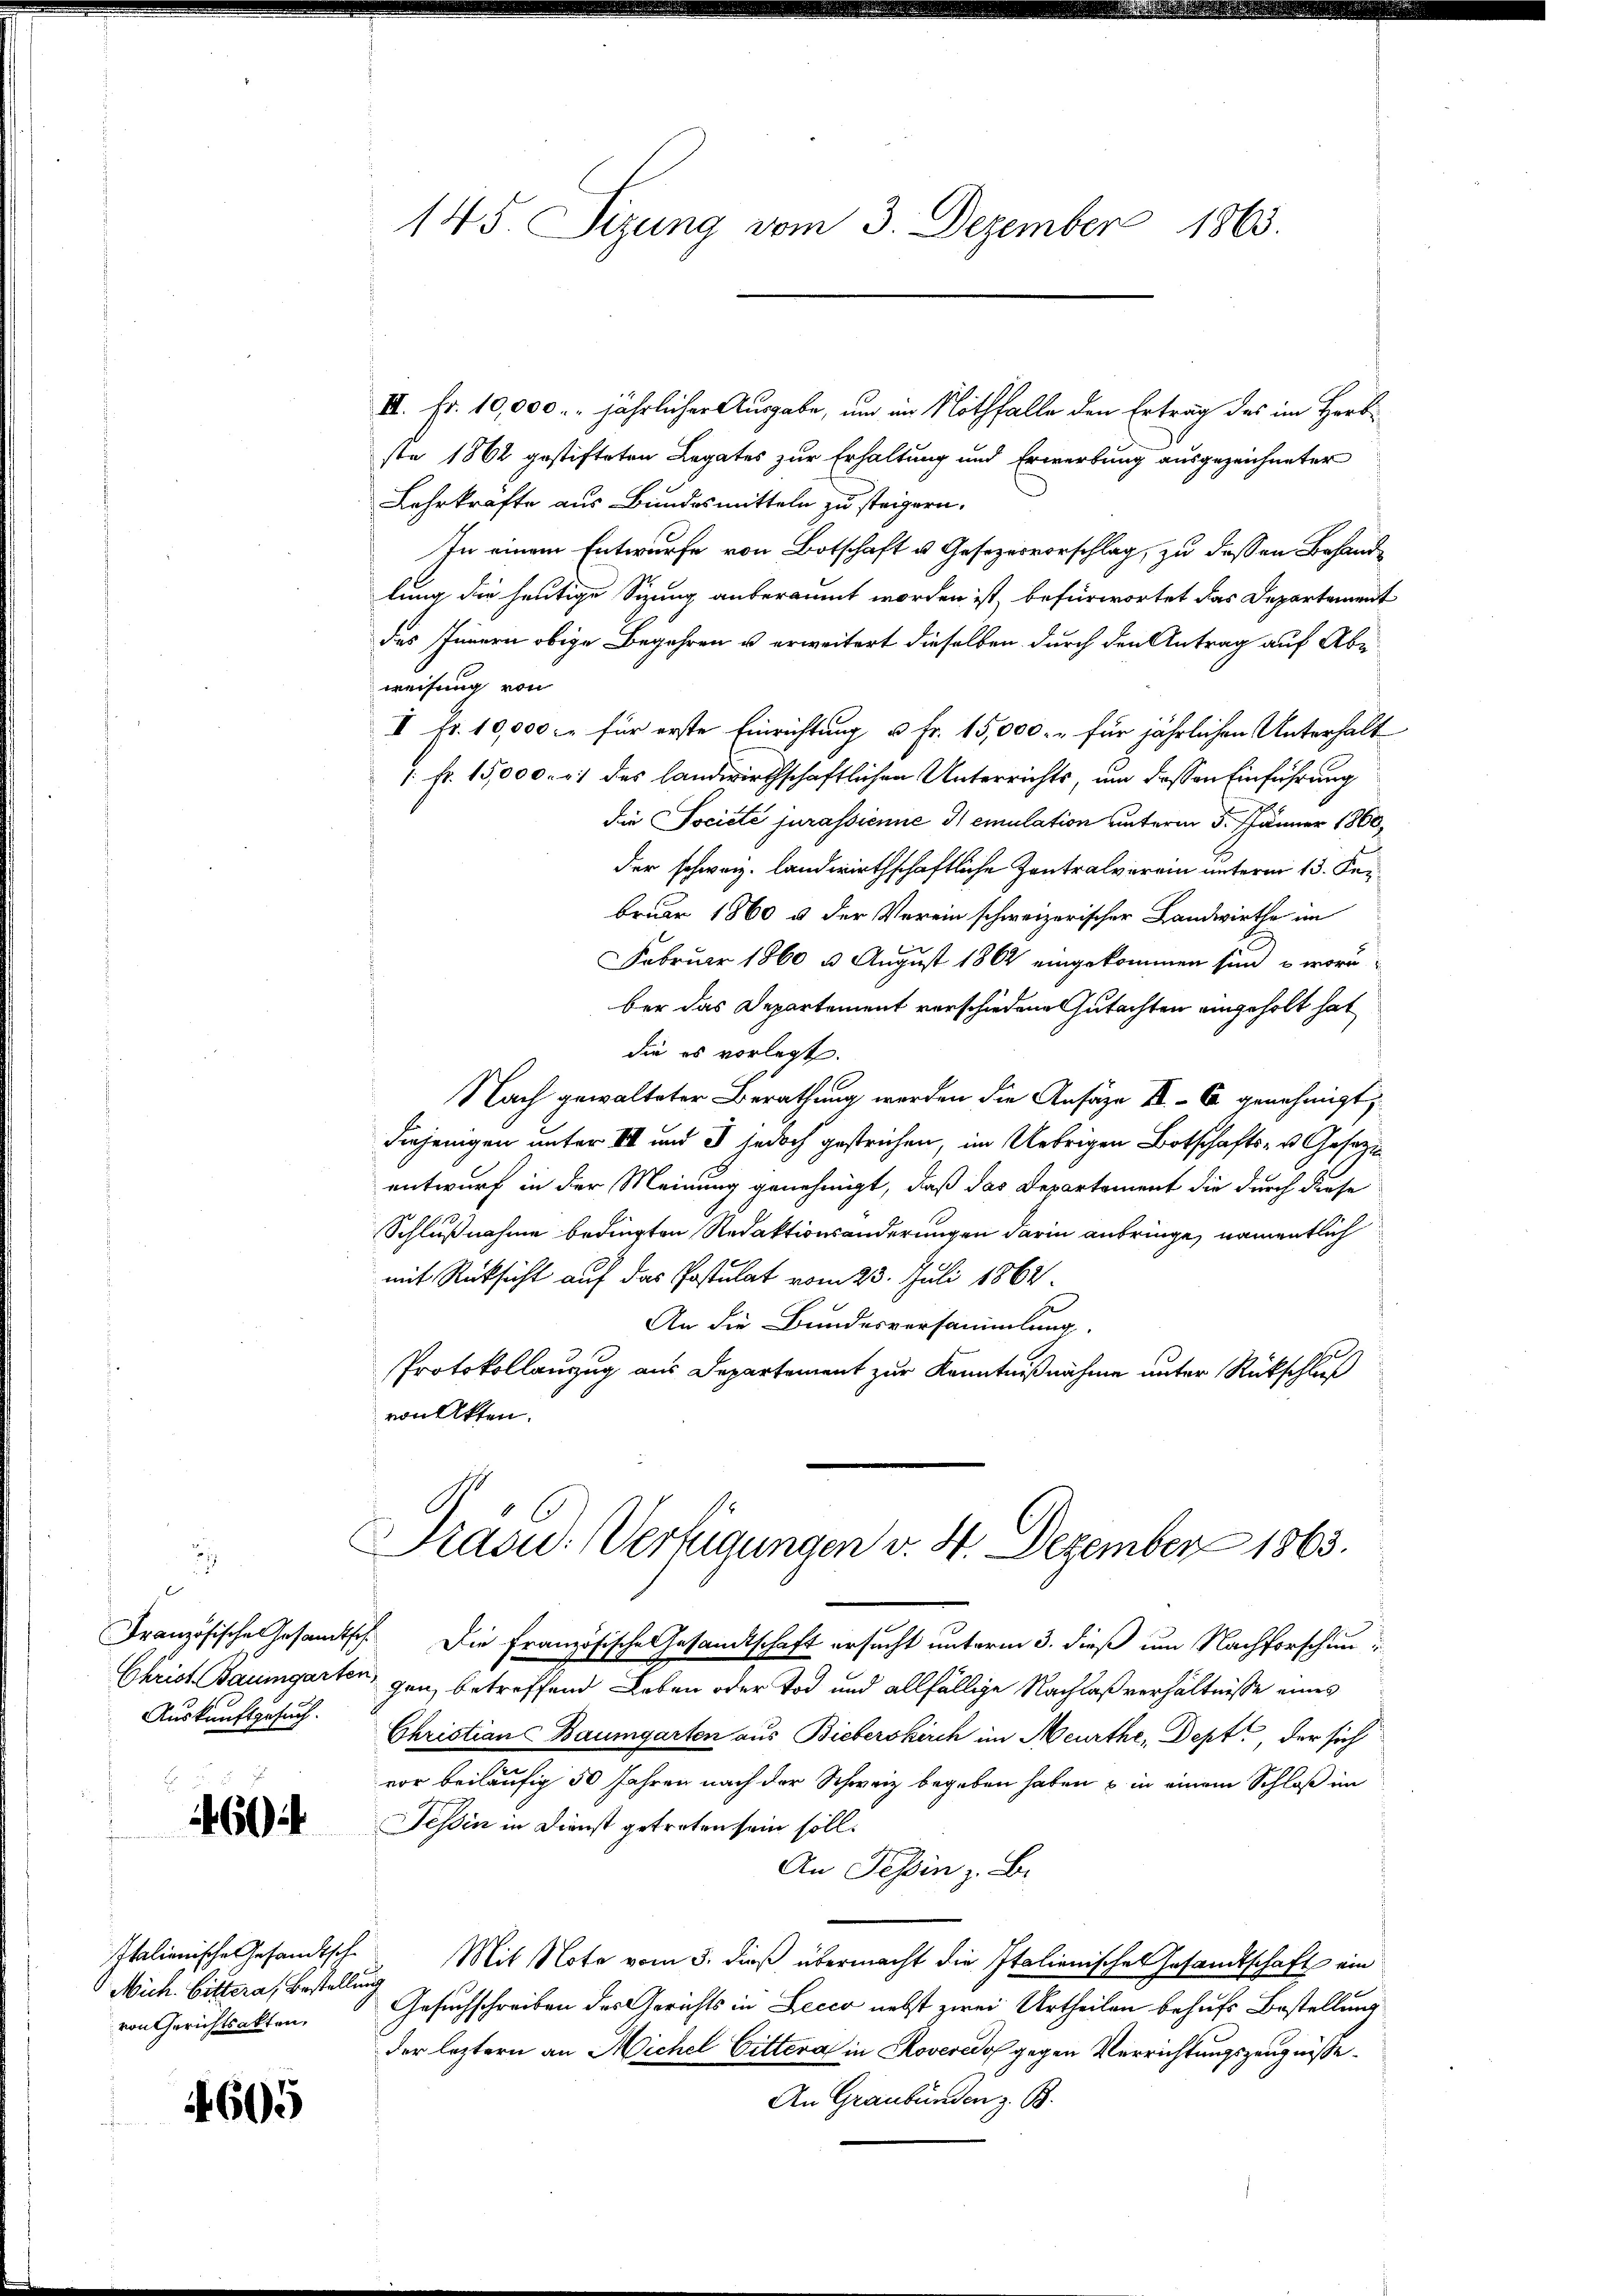
Auskunftgesuch.

60

Mich. Bittera, Bestellung
von Gerichtsakten.

605

145 Sizung vom 3. Dezember 1863.

III. Fr. 10,000. jährlicher Ausgabe, um im Nothfalle den Ertrag des im Herb
ste 1862 gestifteten Legates zur Erhaltung und Erwerbung ausgezeichneter
Lehrkräfte aus Bundesmitteln zu steigern.
In einem Entwurfe von Botschaft u. Gesezesvorschlag, zu dessen Behandlung die heutige Sizung anberäumt worden ist, befürwortet das Departement
des Innern obige Begehren u erweitert dieselben durch den Antrag auf Abe
weisung von
I Fr. 10,000 fl für erste Einrichtung u Fr. 15,000.- für jährlichen Unterhalt
 Nr. 15,000. r. 1 des landwirthschaftlichen Unterrichts, um dessen Einführung
die Société jurassienne Gemulation unterm 5. Jänner 1860,
der schweiz. landwirthschaftliche Zentralverein unterm 13. Ferbruar 1860 u. der Verein schweizerischer Landwirthe im
Februar 1860 3 August 1862 eingekommen sind, u. wori
ber das Departement verschiedene Gutachten eingeholt hat
die es vorlegt.
Nach gewalteter Berathung werden die Ansäze II 6 genehmigt,
diejenigen unter III und 3 jedoch gestrichen, im Uebrigen Botschafts- u. Gesezi
entwurf in der Meinung genehmigt, daß das Departement die durch diese
Schlußnahme bedingten Redaktionsänderungen darin anbringe, namentlich
mit Rücksicht auf das Postulat vom 23. Juli 1864.
An die Bundesversammlung.
Protokollanzug aus Departement zur Kenntnißnahme unter Rückschluß
von Akten.

Prasid. Verfügungen v. 4. Dezember 1863.
Französische Gesamtsch. Die Französische Gesandtschaft ersucht unterm 3. dieß um Nachforschun¬

Christ Baumgarten, ganz betreffend Leben oder Tod und allfällige Nachlaßverhältnisse eines
Christian Baumgarten aus Bieberskirch im Meurthe, Dept, der sich
vor beiläufig 50 Jahren nach der Schweiz begeben haben & in einem Schloß im
Tessin in Dienst getreten sein soll.
An Tessin z. B.
Italienische Gesandtsche Mit Note vom 3. dieß übermacht die Italienisches Gesamtschaft ein
Gesuchschreiben des Gerichts in Lecco nebst zwei Urtheilen behufs Bestellung
der letztern an Michel bittera in Roveredo gegen Verrichtungszeugnisse
An Graubünden z. B.